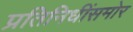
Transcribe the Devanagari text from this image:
प्रतिनिधींसमोर